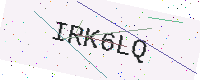
Text: IRK6LQ